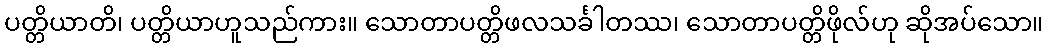
ပတ္တိယာတိ၊ ပတ္တိယာဟူသည်ကား။ သောတာပတ္တိဖလသင်္ခါတဿ၊ သောတာပတ္တိဖိုလ်ဟု ဆိုအပ်သော။